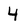
Character: 4